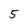
Character: 5